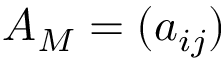
A _ { M } = ( a _ { i j } )